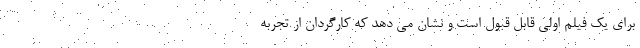
برای یک فیلم اولی قابل قبول است و نشان می دهد که کارگردان از تجربه